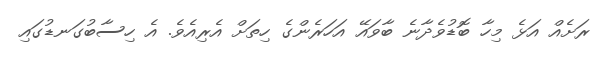
ރަށެއް އަޅެ މިހާ ބޮޑުވެދާނެ ބާވައޭ އަހަރެންގެ ހިތަށް އެރިއެވެ. އެ ހިސާބުގަނޑުގައި